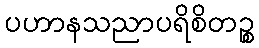
ပဟာနသညာပရိစိတဉ္စ